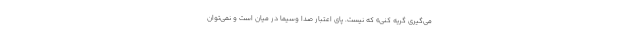
می‌گیری گریه کنی» که نیست. پای اعتبار صدا وسیما در میان است و نمی‌توان